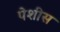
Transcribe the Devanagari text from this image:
पेशीस